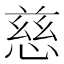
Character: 慈